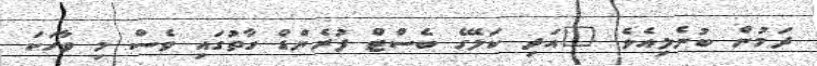
ދަމުން ބުނެލިއެވެ. "އަދި ކަލޭގެ ބެސްޓް ފުރެންޑް ގާތުގައި ވެސް މި ވާހަކަ